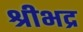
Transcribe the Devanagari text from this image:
श्रीभद्र